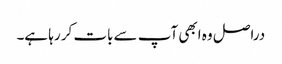
‏ دراصل وہ ابھی آپ سے بات کر رہا ہے۔